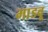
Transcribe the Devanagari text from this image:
माडवू